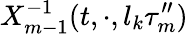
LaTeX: X_{m-1}^{-1}(t,\cdot,l_{k}\tau_{m}^{\prime\prime})